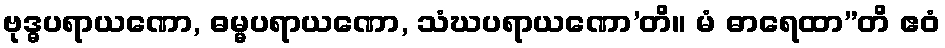
ဗုဒ္ဓပရာယဏော, ဓမ္မပရာယဏော, သံဃပရာယဏော’တိ။ မံ ဓာရေထာ”တိ ဧဝံ